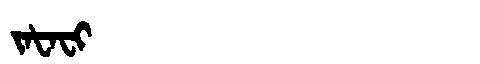
Manchu: ᠵᠠᡶᠠᠸᡳ
Romanization: JAFAFI